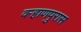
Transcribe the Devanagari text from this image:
वऱ्हाणपुरास